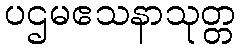
ပဌမဧသနာသုတ္တ